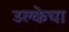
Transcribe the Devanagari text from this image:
उल्केचा